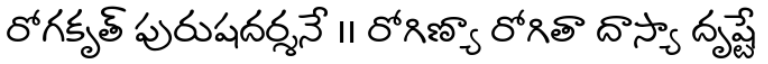
రోగకృత్ పురుషదర్శనే ।। రోగిణ్యా రోగితా దాస్యా దృష్టే